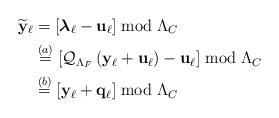
LaTeX: \begin{align*}\widetilde{\mathbf{y}}_\ell &=\left[ \boldsymbol{\lambda}_\ell - \mathbf{u}_\ell \right] \bmod \Lambda_{C}\\ &\stackrel{(a)}{=} \left[ \mathcal{Q}_{\Lambda_{F}} \left( {\mathbf{y}}_\ell +\mathbf{u}_\ell \right) -\mathbf{u}_\ell \right] \bmod \Lambda_{C}\\ &\stackrel{(b)}{=}\left[ {\mathbf{y}}_\ell + {\mathbf{q}}_\ell \right] \bmod \Lambda_{C}\end{align*}